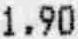
1.90